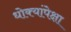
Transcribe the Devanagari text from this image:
धोक्यांपेक्षा